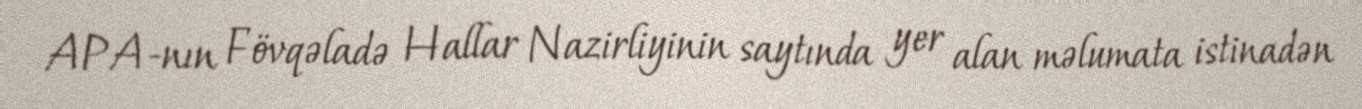
APA-nın Fövqəladə Hallar Nazirliyinin saytında yer alan məlumata istinadən